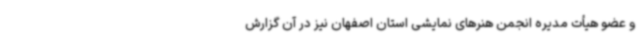
و عضو هیأت مدیره انجمن هنرهای نمایشی استان اصفهان نیز در آن گزارش